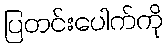
ပြတင်းပေါက်ကို